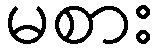
မစား